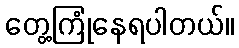
တွေ့ကြုံနေရပါတယ်။